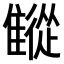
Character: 𩀨